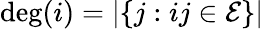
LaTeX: \deg(i)=|\{ j:ij\in\mathcal E\} |